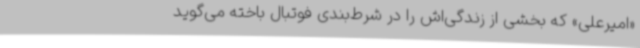
«امیرعلی» که بخشی از زندگی‌اش را در شرط‌بندی فوتبال باخته می‌گوید